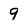
Character: 9